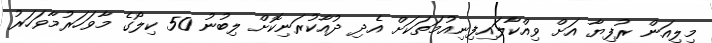
މިލިއަން ރުފިޔާ އަށް ވިއްކާލައިފިނިއުމަތަކަށް އެދި ދުއާކުރަނިކޮށް ލިބުނު 50 ކިލޯގެ މާވަހަރުމާވަހަރު